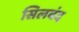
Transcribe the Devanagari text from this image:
सिलबंद